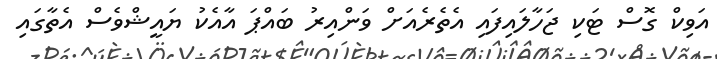
އަވިކް ގޮސް ޓަކި ޖަހާލައިފައި އެތެރެއަށް ވަންއިރު ބައްޕަ އާއެކު ޔައީޝްވެސް އެތާގައި